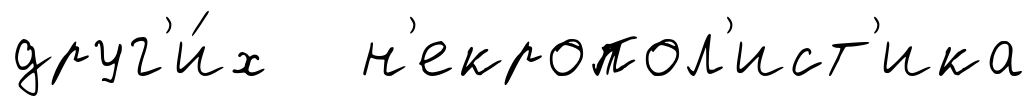
друг'и́х н'екропол'ист'ика